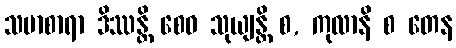
သမာစာရာ ဒိဿန္တိ စေဝ သုယျန္တိ စ, ကုလာနိ စ တေန